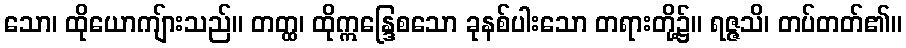
သော၊ ထိုယောကျ်ားသည်။ တတ္ထ၊ ထိုဣန္ဒြေစသော ခုနစ်ပါးသော တရားတို့၌။ ရဇ္ဇသိ၊ တပ်တတ်၏။